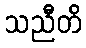
သညီတိ